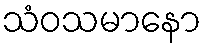
သံဝသမာနော